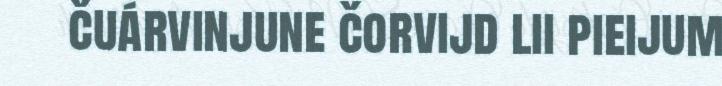
čuárvinjune čorvijd lii pieijum